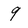
Character: 9